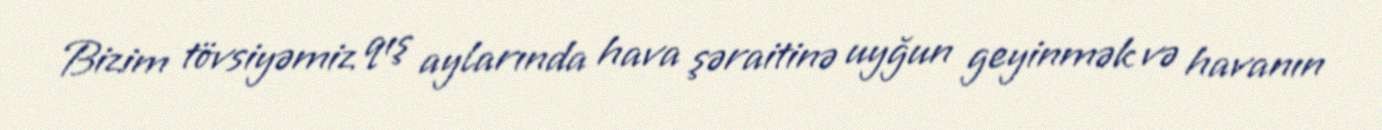
Bizim tövsiyəmiz qış aylarında hava şəraitinə uyğun geyinmək və havanın